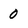
Character: 0